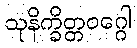
သုနိက္ခိတ္တဝဂ္ဂေါ